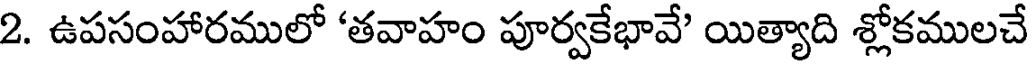
2. ఉపసంహారములో 'తవాహం పూర్వకేభావే' యిత్యాది శ్లోకములచే